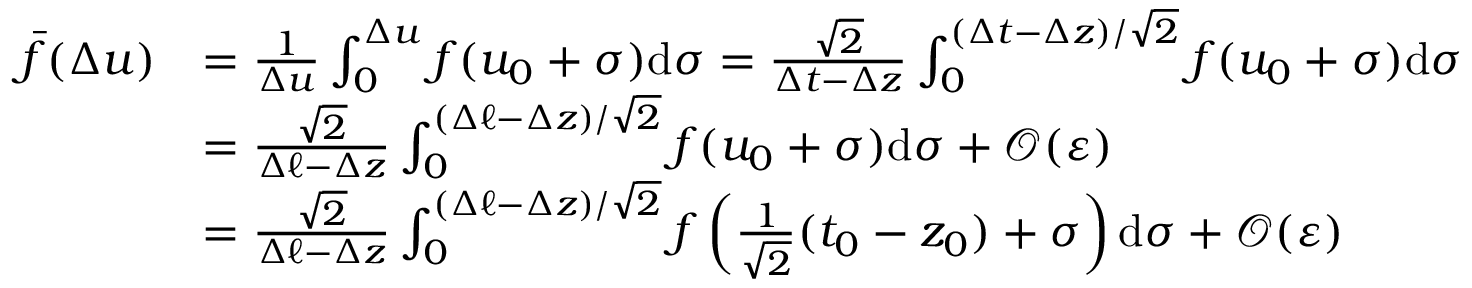
\begin{array} { r l } { \bar { f } ( \Delta u ) } & { = \frac { 1 } { \Delta u } \int _ { 0 } ^ { \Delta u } f ( u _ { 0 } + \sigma ) \mathrm { d } \sigma = \frac { \sqrt { 2 } } { \Delta t - \Delta z } \int _ { 0 } ^ { ( \Delta t - \Delta z ) / \sqrt { 2 } } f ( u _ { 0 } + \sigma ) \mathrm { d } \sigma } \\ & { = \frac { \sqrt { 2 } } { \Delta \ell - \Delta z } \int _ { 0 } ^ { ( \Delta \ell - \Delta z ) / \sqrt { 2 } } f ( u _ { 0 } + \sigma ) \mathrm { d } \sigma + \mathcal O ( \varepsilon ) } \\ & { = \frac { \sqrt { 2 } } { \Delta \ell - \Delta z } \int _ { 0 } ^ { ( \Delta \ell - \Delta z ) / \sqrt { 2 } } f \left( \frac { 1 } { \sqrt { 2 } } ( t _ { 0 } - z _ { 0 } ) + \sigma \right) \mathrm { d } \sigma + \mathcal O ( \varepsilon ) } \end{array}